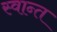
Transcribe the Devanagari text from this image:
स्वान्त